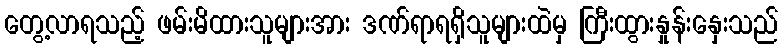
တွေ့လာရသည့် ဖမ်းမိထားသူများအား ဒဏ်ရာရရှိသူများထဲမှ ကြီးထွားနှုန်းနှေးသည်